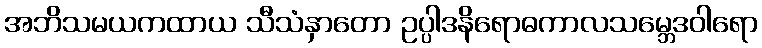
အဘိသမယကထာယ သီသံနှာတော ဥပ္ပါဒနိရောဓကာလသမ္ဘေဒဝါရော